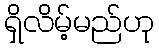
ရှိလိမ့်မည်ဟု